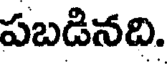
పబడినది.